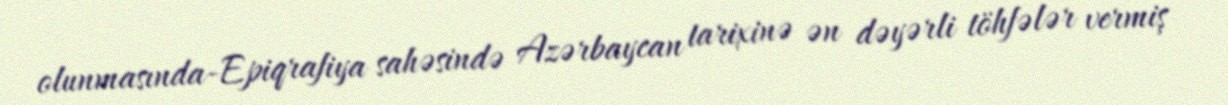
olunmasında-Epiqrafiya sahəsində Azərbaycan tarixinə ən dəyərli töhfələr vermiş